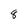
Character: 8